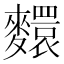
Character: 𪍺